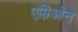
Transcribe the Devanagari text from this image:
एम्निओन